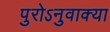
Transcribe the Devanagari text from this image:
पुरोऽनुवाक्या